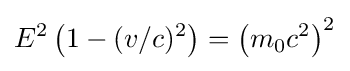
E^{2}\left(1-(v/c)^{2}\right)=\left(m_{0}c^{2}\right)^{2}